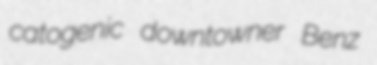
catogenic downtowner Benz